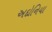
અદોનિયા